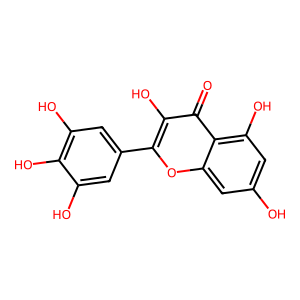
SMILES: O=c1c(O)c(-c2cc(O)c(O)c(O)c2)oc2cc(O)cc(O)c12
Inhibits HIV replication: No